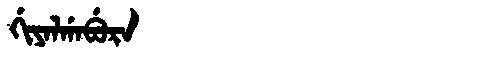
Manchu: ᡤᡳᠶᠠᠯᡤᠠᠪᡠᡵᠠ
Romanization: GIYALGABURA